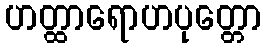
ဟတ္ထာရောဟပုတ္တော